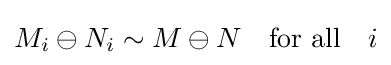
M_{i}\ominus N_{i}\sim M\ominus N\quad {\mbox{for all}}\quad i